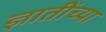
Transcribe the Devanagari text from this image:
ज्ञातींच्या